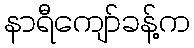
နာရီကျော်ခန့်က